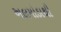
અલમોડાથી